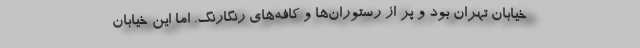
خیابان تهران بود و پر از رستوران‌ها و کافه‌های رنگارنگ. اما این خیابان